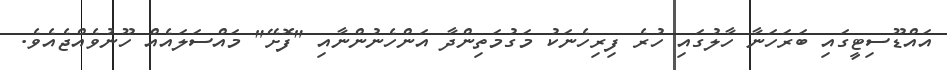
އައްޑޫސިޓީގައި ބަރަހަނާ ހާލުގައި ހުރެ ފިރިހެނަކު މަގުމަތިންދާ އަންހެނުންނާއި "ފޮށޭ" މައްސަލައެއް ހޫނުވެއްޖެއެވެ.